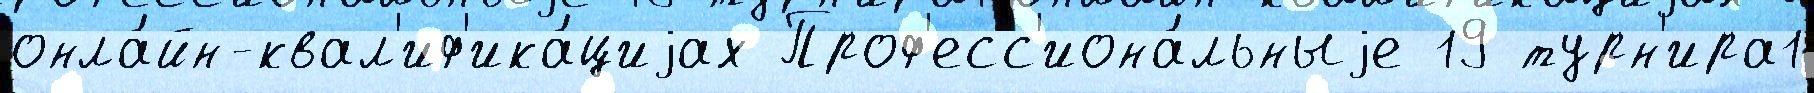
онла́йн-квал'иф'ика́циjах Проф'есс'иона́льныjе 19 турн'ира1